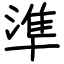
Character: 準